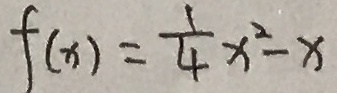
f ( x ) = \frac { 1 } { 4 } x ^ { 2 } - x